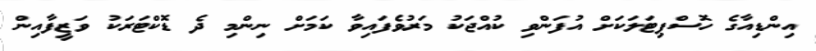
އިންޑިއާގެ ހޮސްޕިޓަލަކަށް އުފަންވި ކުއްޖަކު މަރުވެފައިވާ ކަމަށް ނިންމި ދެ ޑޮކްޓަރަކު ވަޒީފާއިން